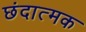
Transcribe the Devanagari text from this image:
छंदात्मक